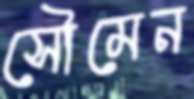
সৌমেন